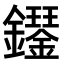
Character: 𫓝